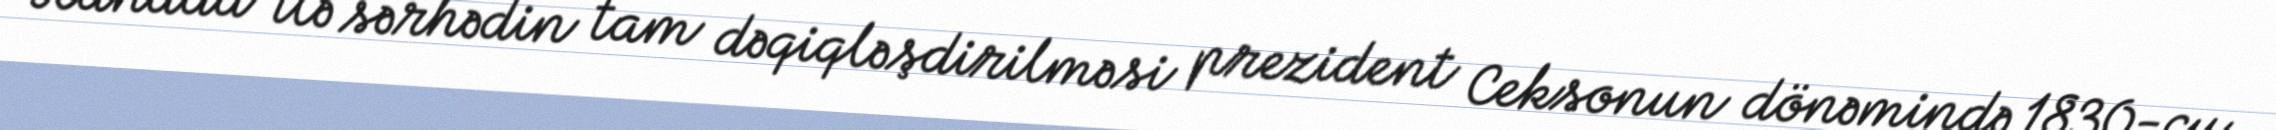
Kanada ilə sərhədin tam dəqiqləşdirilməsi prezident Ceksonun dönəmində 1830-cu